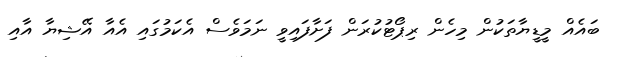
ބައެއް މީޑީޔާތަކުން މިހެން ރިޕޯޓުކުރަން ފަށާފައިވީ ނަމަވެސް އެކަމުގައި އެއާ އޭޝިޔާ އާއި